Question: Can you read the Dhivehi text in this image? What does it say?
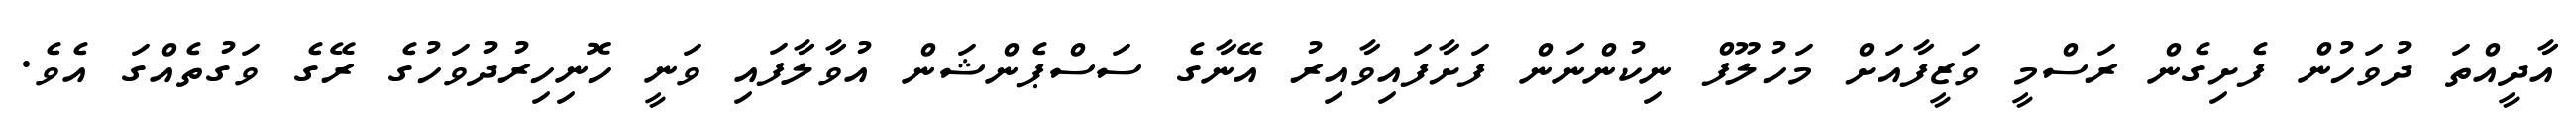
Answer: އާދީއްތަ ދުވަހުން ފެށިގެން ރަސްމީ ވަޒީފާއަށް މަހުލޫފް ނިކުންނަން ފަށާފައިވާއިރު އޭނާގެ ސަސްޕެންޝަން އުވާލާފައި ވަނީ ހޮނިހިރުދުވަހުގެ ރޭގެ ވަގުތެއްގަ އެވެ.